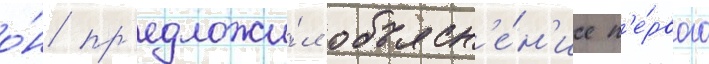
о́н пр'едложи́л объясн'е́н'ие п'е́рвого